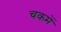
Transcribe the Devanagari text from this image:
चकमें